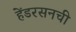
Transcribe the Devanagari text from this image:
हेंडरसनची